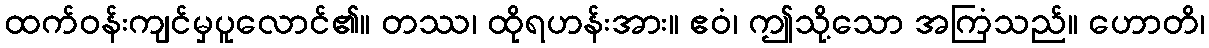
ထက်ဝန်းကျင်မှပူလောင်၏။ တဿ၊ ထိုရဟန်းအား။ ဧဝံ၊ ဤသို့သော အကြံသည်။ ဟောတိ၊